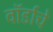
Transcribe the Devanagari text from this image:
वॉर्डाचे